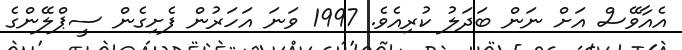
އެއާވޭސް އަށް ނަން ބަދަލު ކުރިއެވެ. 1997 ވަނަ އަހަރުން ފެށިގެން ސީޕްލޭންގެ